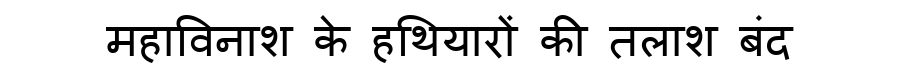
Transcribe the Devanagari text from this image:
महाविनाश के हथियारों की तलाश बंद